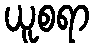
ယူစရာ